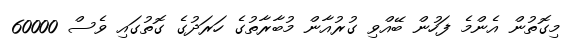
މިގޮތުން އެންމެ ފަހުން ބޭއްވި ގުރުއާން މުބާރާތުގެ ހަރަދުގެ ގޮތުގައި ވެސް 60000